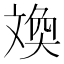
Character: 㪱